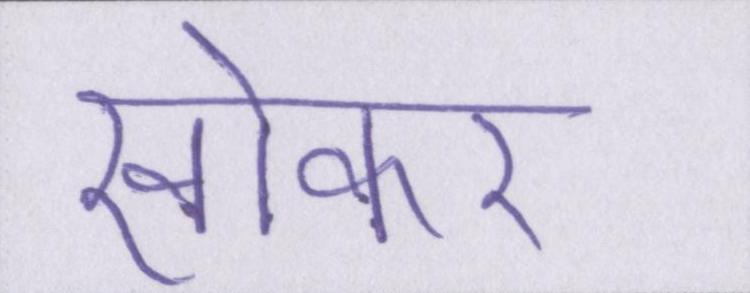
खोकर